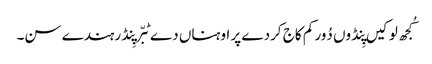
کُجھ لوکیں پِنڈوں دُور کم کاج کردے پر اوہناں دے ٹبّر پِنڈ رہندے سن۔